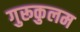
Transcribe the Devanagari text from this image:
गुरूकुलम